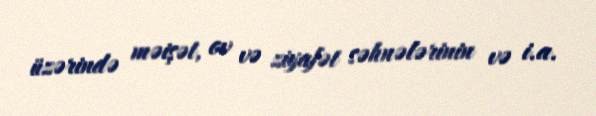
üzərində məişət, ov və ziyafət səhnələrinin və i.a.